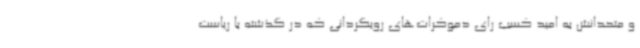
و متحدانش به امید کسب رای دموکرات‌های رویگردانی که در گذشته با ریاست